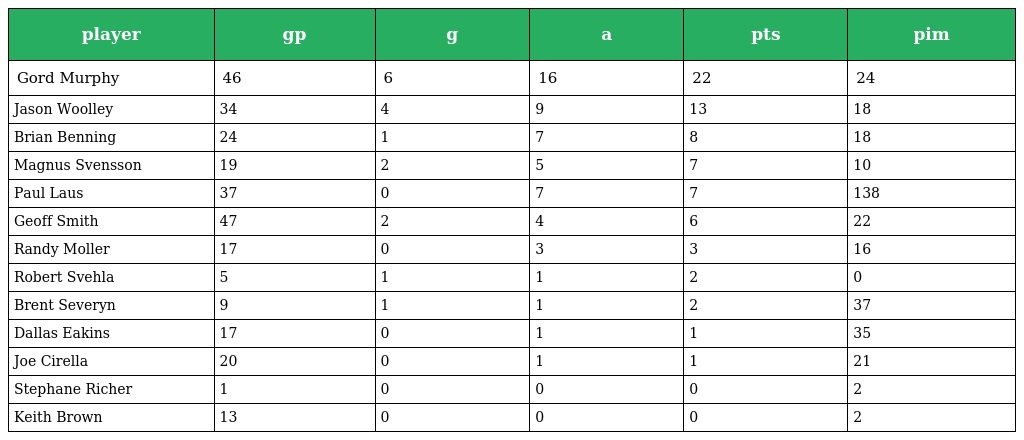
| player | gp | g | a | pts | pim |
 | --- | --- | --- | --- | --- | --- |
 | Gord Murphy | 46 | 6 | 16 | 22 | 24 |
 | Jason Woolley | 34 | 4 | 9 | 13 | 18 |
 | Brian Benning | 24 | 1 | 7 | 8 | 18 |
 | Magnus Svensson | 19 | 2 | 5 | 7 | 10 |
 | Paul Laus | 37 | 0 | 7 | 7 | 138 |
 | Geoff Smith | 47 | 2 | 4 | 6 | 22 |
 | Randy Moller | 17 | 0 | 3 | 3 | 16 |
 | Robert Svehla | 5 | 1 | 1 | 2 | 0 |
 | Brent Severyn | 9 | 1 | 1 | 2 | 37 |
 | Dallas Eakins | 17 | 0 | 1 | 1 | 35 |
 | Joe Cirella | 20 | 0 | 1 | 1 | 21 |
 | Stephane Richer | 1 | 0 | 0 | 0 | 2 |
 | Keith Brown | 13 | 0 | 0 | 0 | 2 |